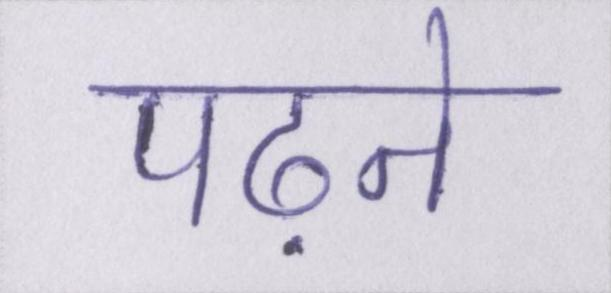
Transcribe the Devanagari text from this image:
पढ़ने